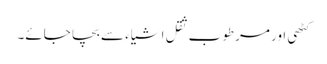
کٹھی اور مرطوب ثقل اشیاء سے بچا جائے۔